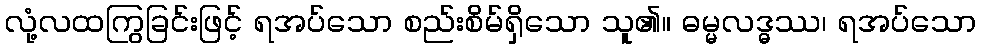
လုံ့လထကြွခြင်းဖြင့် ရအပ်သော စည်းစိမ်ရှိသော သူ၏။ ဓမ္မလဒ္ဓဿ၊ ရအပ်သော